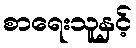
စာရေးသူနှင့်